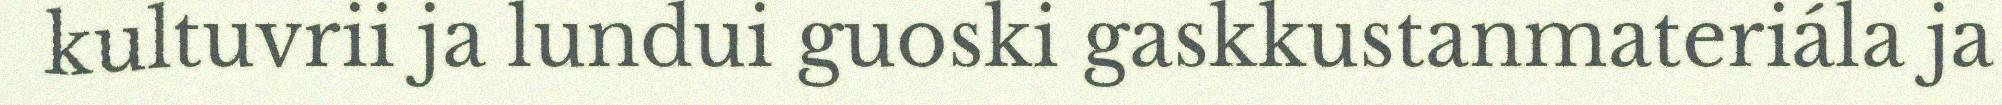
kultuvrii ja lundui guoski gaskkustanmateriála ja